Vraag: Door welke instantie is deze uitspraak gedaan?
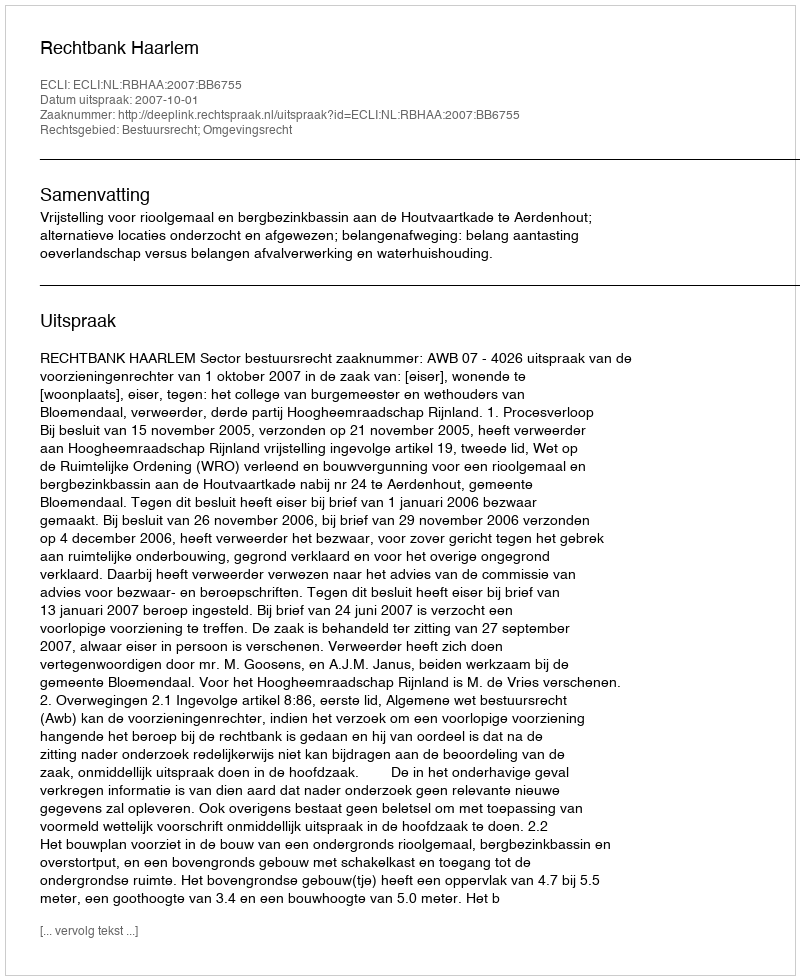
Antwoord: Rechtbank Haarlem